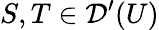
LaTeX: S,T\in{\mathcal{D}}^{\prime}(U)